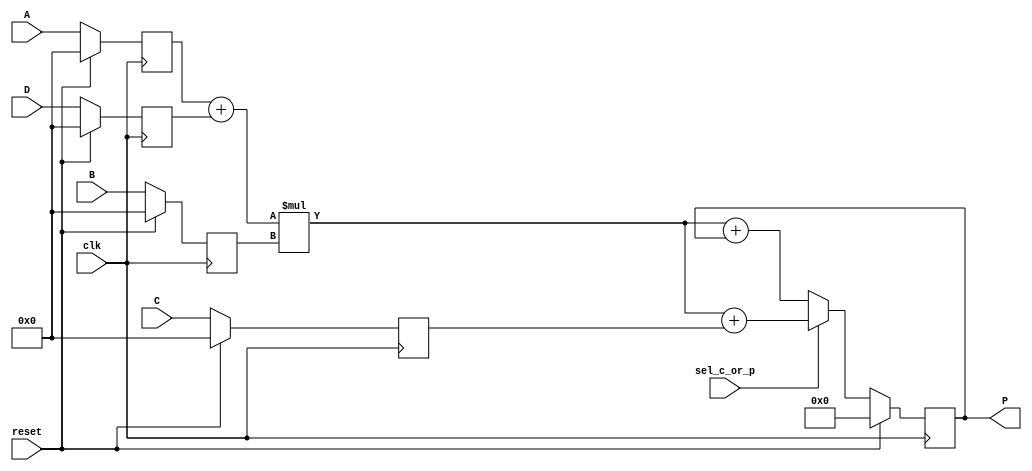
module dsp_multiplier_accum_with_add_neg (clk, reset, sel_c_or_p, A, B, C, D, P);
	input clk, reset, sel_c_or_p;
	input signed [31:0] A, B, C, D;
	output reg signed [63:0] P;
	reg signed [31:0] i1, i2, i3, i4;
	reg signed [63:0] mul, add, add2;
	always @(negedge clk) begin
		if(reset == 1) begin
			i1 <= 0;
			i2 <= 0;
			i3 <= 0;
			i4 <= 0;
		end
		else begin
			i1 <= A;
			i2 <= B;
			i3 <= C;
			i4 <= D;
		end
	end
	always @(negedge clk) begin
		if (reset ==1 )
			P <= 0;
		else
			P<= add2;
	end

	always @ (*)  begin
		add = i1 + i4;
		mul  = add * i2;
	end
	always @ (*)  begin
		if (sel_c_or_p)
			add2 = mul + i3;
		else
			add2 = mul + P;
	end
endmodule